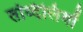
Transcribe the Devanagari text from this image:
तब्दिलियों